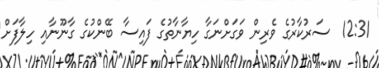
12:31  ސަރުކާރުގެ ވެރިން ވަގަށްނަގާ ހިޔާނާތުގެ ފައިސާ ބޭންކުގެ ގާނޫނާއި ހިލާފަށް